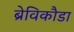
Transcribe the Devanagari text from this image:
ब्रेविकौडा